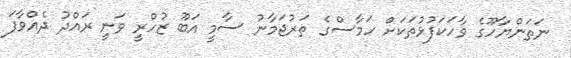
ނަތަންޔާހޫގެ ވާހަކަފުޅުތަކަށް ހަމާސްގެ ތަރުޖަމާނު ސާމީ އަބޫ ޒުހްރީ ވަނީ ރައްދު ދެއްވާފަ